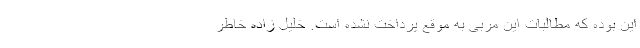
این بوده که مطالبات این مربی به موقع پرداخت نشده است. خلیل زاده خاطر